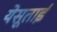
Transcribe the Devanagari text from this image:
येसूताई